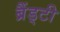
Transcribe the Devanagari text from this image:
ब्रैंड्टी